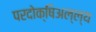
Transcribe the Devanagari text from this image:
परदोक्षिअल्ल्य